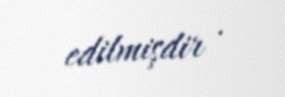
edilmişdir .